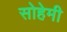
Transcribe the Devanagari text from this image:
सोहेमी